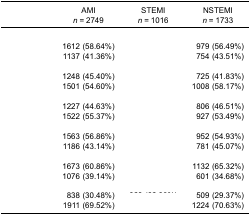
<table><thead><tr><td>[EMPTY_CELL]</td><td><b>AMI<i>n</i> = 2749</b></td><td><b>STEMI<i>n</i> = 1016</b></td><td><b>NSTEMI<i>n</i> = 1733</b></td></tr></thead><tbody><tr><td colspan="4">[EMPTY_CELL]</td></tr><tr><td>[EMPTY_CELL]</td><td>1612 (58.64%)</td><td>[EMPTY_CELL]</td><td>979 (56.49%)</td></tr><tr><td>[EMPTY_CELL]</td><td>1137 (41.36%)</td><td>[EMPTY_CELL]</td><td>754 (43.51%)</td></tr><tr><td colspan="4">[EMPTY_CELL]</td></tr><tr><td>[EMPTY_CELL]</td><td>1248 (45.40%)</td><td>[EMPTY_CELL]</td><td>725 (41.83%)</td></tr><tr><td>[EMPTY_CELL]</td><td>1501 (54.60%)</td><td>[EMPTY_CELL]</td><td>1008 (58.17%)</td></tr><tr><td colspan="4">[EMPTY_CELL]</td></tr><tr><td>[EMPTY_CELL]</td><td>1227 (44.63%)</td><td>[EMPTY_CELL]</td><td>806 (46.51%)</td></tr><tr><td>[EMPTY_CELL]</td><td>1522 (55.37%)</td><td>[EMPTY_CELL]</td><td>927 (53.49%)</td></tr><tr><td colspan="4">[EMPTY_CELL]</td></tr><tr><td>[EMPTY_CELL]</td><td>1563 (56.86%)</td><td>[EMPTY_CELL]</td><td>952 (54.93%)</td></tr><tr><td>[EMPTY_CELL]</td><td>1186 (43.14%)</td><td>[EMPTY_CELL]</td><td>781 (45.07%)</td></tr><tr><td colspan="4">[EMPTY_CELL]</td></tr><tr><td>[EMPTY_CELL]</td><td>1673 (60.86%)</td><td>[EMPTY_CELL]</td><td>1132 (65.32%)</td></tr><tr><td>[EMPTY_CELL]</td><td>1076 (39.14%)</td><td>[EMPTY_CELL]</td><td>601 (34.68%)</td></tr><tr><td colspan="4">[EMPTY_CELL]</td></tr><tr><td>[EMPTY_CELL]</td><td>838 (30.48%)</td><td>[EMPTY_CELL]</td><td>509 (29.37%)</td></tr><tr><td>[EMPTY_CELL]</td><td>1911 (69.52%)</td><td>[EMPTY_CELL]</td><td>1224 (70.63%)</td></tr></tbody></table>